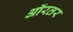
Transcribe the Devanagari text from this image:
ऑरतर